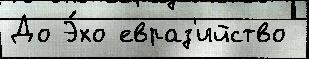
До Э́хо евраз'ийство